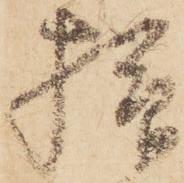
様